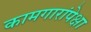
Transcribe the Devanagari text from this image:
कामगारांपेक्षा